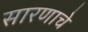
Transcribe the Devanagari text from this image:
सारणाचे